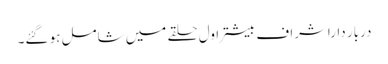
دربار داراشراف بیشتر اول حلقے میں شامل ہو گئے۔